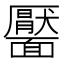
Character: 靨